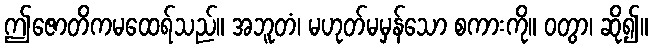
ဤဇောတိကမထေရ်သည်။ အဘူတံ၊ မဟုတ်မမှန်သော စကားကို။ ဝတွာ၊ ဆို၍။